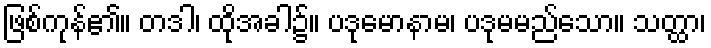
ဖြစ်ကုန်၏။ တဒါ၊ ထိုအခါ၌။ ပဒုမောနာမ၊ ပဒုမမည်သော။ သတ္ထာ၊